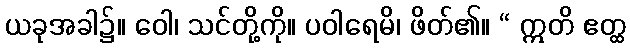
ယခုအခါ၌။ ဝေါ၊ သင်တို့ကို။ ပဝါရေမိ၊ ဖိတ်၏။ “ ဣတိ ဧတ္ထ